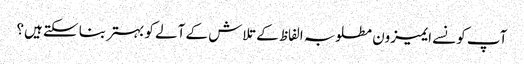
آپ کونسے ایمیزون مطلوبہ الفاظ کے تلاش کے آلے کو بہتر بنا سکتے ہیں؟